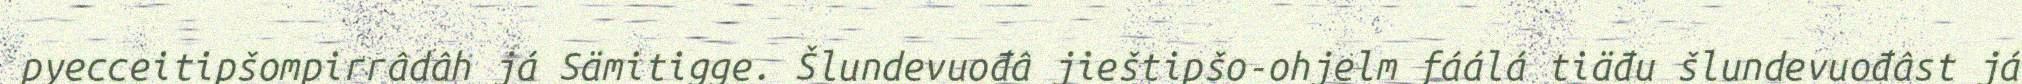
pyecceitipšompirrâdâh já Sämitigge. Šlundevuođâ jieštipšo-ohjelm fáálá tiäđu šlundevuođâst já